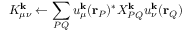
K _ { \mu \nu } ^ { \mathbf { k } } \leftarrow \sum _ { P Q } u _ { \mu } ^ { \mathbf { k } } ( \mathbf { r } _ { P } ) ^ { * } X _ { P Q } ^ { \mathbf { k } } u _ { \nu } ^ { \mathbf { k } } ( \mathbf { r } _ { Q } )